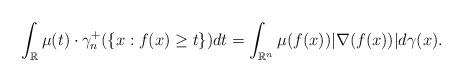
LaTeX: \begin{align*}\int_{\mathbb{R}} \mu(t) \cdot \gamma_n^{+} (\{x: f(x) \ge t\}) dt = \int_{\mathbb{R}^n} \mu(f(x)) |\nabla(f(x))| d \gamma(x).\end{align*}